Madras plague regulations and rules - Volume 2
Disease focus: Plague
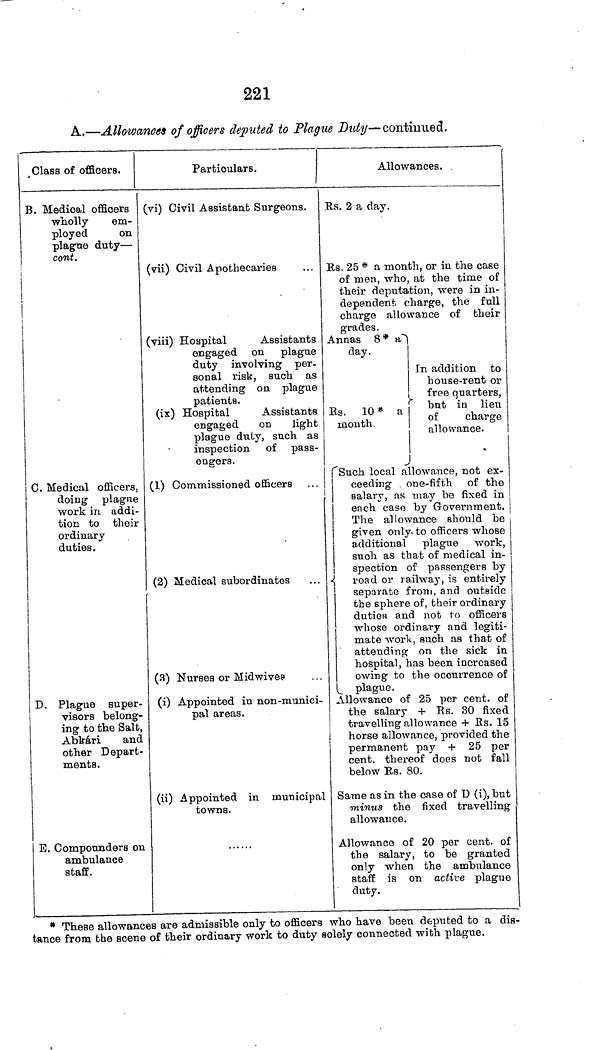
221
A.—Allowances of officers deputed to Plague Duty- continued.
Class of officers.
B. Medical officers
wholly
em-
ployed
on
plague duty —
cont.
C. Medical officers,
doing plague
work in addi-
tion to their
ordinary
duties.
D. Plague super-
visors belong-
ing to the Salt,
Abkári
and
other Depart-
ments.
E. Compounders on
ambulance
staff.
Particulars.
(vi) Civil Assistant Surgeons.
(vii) Civil Apothecaries
(viii) Hospital
Assistants
engaged on plague
duty involving per-
sonal risk, such as
attending on plague
patients.
(ix) Hospital
Assistants
engaged
on
light
plaguo duty, such as
inspection of pass-
engers.
(1) Commissioned officers
(2) Medical subordinates
(3) Nurses or Midwives
(i) Appointed in non-munici-
pal areas.
(ii) Appointed in municipal
towns.
Allowances.
Rs. 2 a day.
Rs. 25 * a month, or in the case
of men, who, at the time of
their deputation, were in in-
dependent charge, the full
charge allowance of their
grades.
Annas 8* a
day.
Rs. 10 * a
month
In addition to
house-rent or
free quarters,
but in lieu
of
charge
allowance.
Such local allowance, not ex-
ceeding one-fifth
of the
salary, as may be fixed in
each case by Government.
The allowance should be
given only- to officers whose
additional plague work,
such as that of medical in-
spection of passengers by
road or railway, is entirely
separate from, and outside
the sphere of, their ordinary
duties and not to officers
whose ordinary and legiti-
mate work, such as that of
attending on the sick in
hospital, has been increased
owing to the occurrence of
plague.
Allowance of 25 per cent. of
the salary + Rs. 30 fixed
travelling allowance + Rs. 15
horse allowance, provided the
permanent pay + 25 per
cent. thereof does not fall
below Rs. 80.
Same as in the case of D (i), but
minus the fixed travelling
allowance.
Allowance of 20 per cent. of
the salary, to be granted
only when the ambulance
staff is on active plague
duty.
* These allowances are admissible only to officers who have been deputed to a dis-
tance from the scene of their ordinary work to duty solely connected with plague.